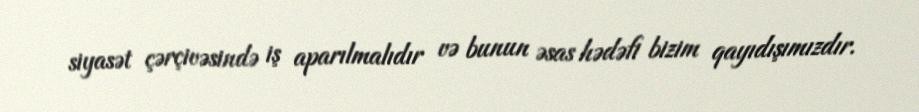
siyasət çərçivəsində iş aparılmalıdır və bunun əsas hədəfi bizim qayıdışımızdır.